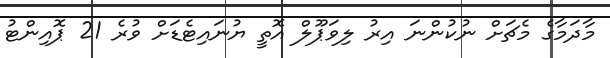
މާދަމާގެ މެޗަށް ނުކުންނަ އިރު ލިވަޕޫލް އޮތީ ޔުނައިޓެޑަށް ވުރެ 21 ޕޮއިންޓު